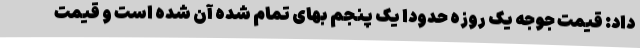
داد: قیمت جوجه یک روزه حدودا یک پنجم بهای تمام شده آن شده است و قیمت